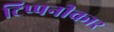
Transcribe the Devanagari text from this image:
टिप्पनीकार